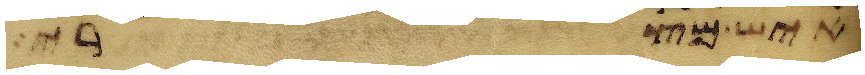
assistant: איש מצרי